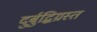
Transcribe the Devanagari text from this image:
दुर्बुद्धिग्रस्त